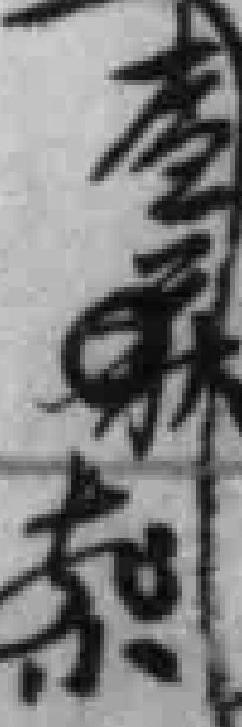
查获*